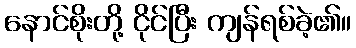
နောင်စိုးတို့ ငိုင်ပြီး ကျန်ရစ်ခဲ့၏။